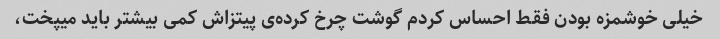
خیلی خوشمزه بودن فقط احساس کردم گوشت چرخ کرده‌ی پیتزاش کمی بیشتر باید میپخت،